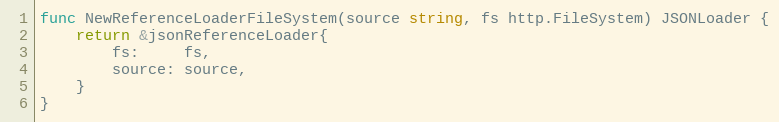
Language: Go
func NewReferenceLoaderFileSystem(source string, fs http.FileSystem) JSONLoader {
	return &jsonReferenceLoader{
		fs:     fs,
		source: source,
	}
}